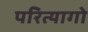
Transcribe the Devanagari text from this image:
परित्यागो